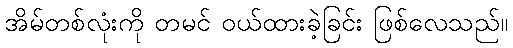
အိမ်တစ်လုံးကို တမင် ဝယ်ထားခဲ့ခြင်း ဖြစ်လေသည်။